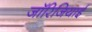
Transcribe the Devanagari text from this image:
जॉरिजियाई